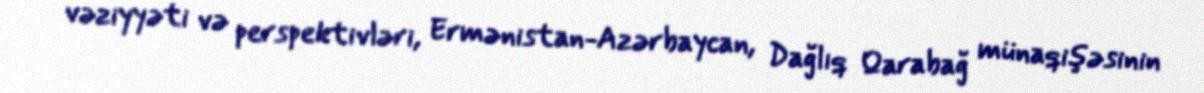
vəziyyəti və perspektivləri, Ermənistan-Azərbaycan, Dağlıq Qarabağ münaqişəsinin